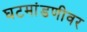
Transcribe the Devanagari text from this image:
घटमांडणीवर